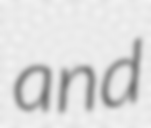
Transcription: and